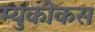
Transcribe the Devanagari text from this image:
म्युकोकस